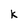
Character: k